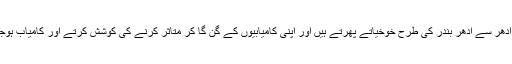
اسٹیج پر ادھر سے ادھر بندر کی طرح خوخیاتے پھرتے ہیں اور اپنی کامیابیوں کے گن گا کر متاثر کرنے کی کوشش کرتے اور کامیاب ہوجاتے ہیں۔